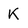
Character: K